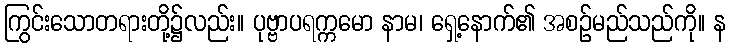
ကြွင်းသောတရားတို့၌လည်း။ ပုဗ္ဗာပရက္ကမော နာမ၊ ရှေ့နောက်၏ အစဉ်မည်သည်ကို။ န